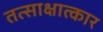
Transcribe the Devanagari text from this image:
तत्साक्षात्कार